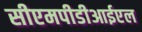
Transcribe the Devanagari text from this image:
सीएमपीडीआईएल